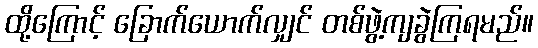
ထို့ကြောင့် ခြောက်ယောက်လျှင် တစ်ဖွဲ့ကျခွဲကြရမည်။